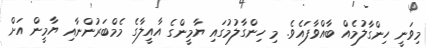
މިވަނީ ހިންގާލުމެއް ބާއްވާފައެވެ. މި ހިންގާލުމުގައި ޔާމީންގެ އާއީލާގެ މެމްބަރުންނާއި ޔާމީން އަށް